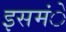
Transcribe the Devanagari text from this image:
इसमंे